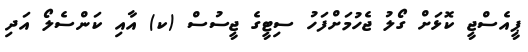
ޕީއެސްޖީ ކޮޅަށް ގޯލު ޖެހުމަށްފަހު ސިޓީގެ ޖީސުސް (ކ) އާއި ކަންސެލޯ އަދި